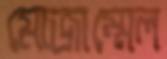
মোজাম্মেল